Regulations for the medical services of the Army of India
Year: 1930
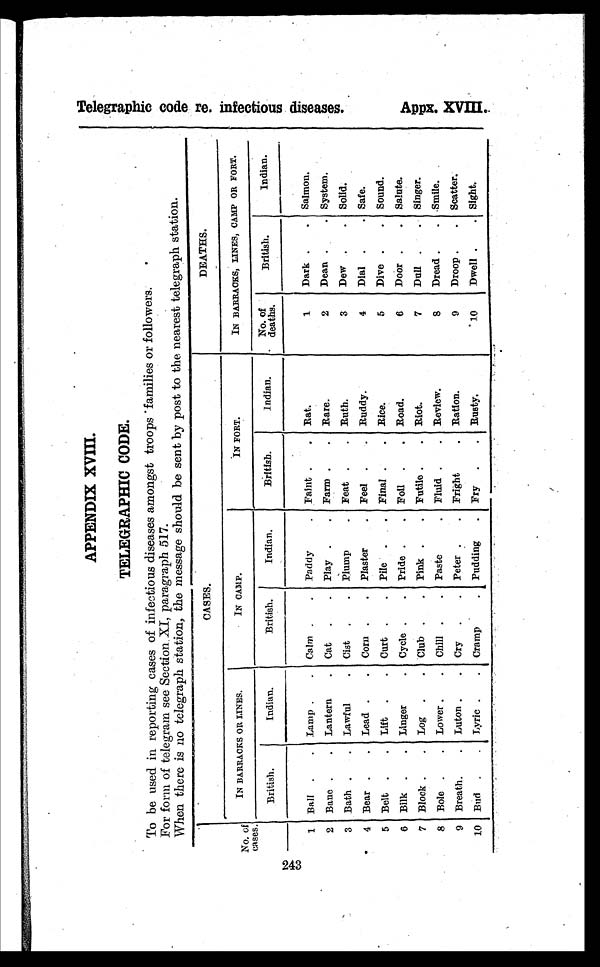
243
T e l e g r a p h i c c o d e r e . i n f e c t i o u s d i s e a s e s .
APPENDIX XVIII.
TELEGRAPHIC CODE.
To be used in reporting cases of infectious diseases amongst troops families or followers.
For form of telegram see Section. XI, paragraph 517.
When there is no telegraph station, the message should be sent by post to the nearest telegraph station.
No. of
cases.
CASES.
DEATHS.
IN BARRACKS OR LINES.
IN CAMP.
IN FORT.
IN BARRACKS, LINES, CAMP OR FORT.
British.
Indian.
—
British.
Indian.
British.
Indian
No. of
deaths.
British.
—
Indian.
1 Ball . . Lamp . . Calm . . Paddy
. Faint . . Rat.
1 Dark . . Salmon.
2 Bane . . Lantern . Cat . . Play . . Farm . . Rare.
2 Dean . .
System.
3 Bath . . Lawful
. Cist . . Plump
. Feat . . Ruth.
3 Dew . . Solid.
4 Bear . . Lead . . Corn . . Plaster . Feel . . Ruddy.
4 Dial .
. Safe.
5 Belt . . Lift . . Curt . . Pile . . Final . . Rice.
5 Dive . . Sound.
6 Bilk . . Linger
. Cycle . . Pride . . Foil
. . Road.
6 Door . . Salute.
7 Block . . Log . . Club . . Pink . . Futile . . Riot.
7 Dull . . Singer.
8 Bole . . Lower . . Chill . . Paste
. Fluid . . Review.
8 Dread . . Smile.
9 Breath. . Luton . . Cry . . Peter . . Fright
. Ration.
9 Droop . . Scatter.
10 Bud
. .
. Lyric .
. Cramp
. Pudding . Fry . . Rusty.
10 Dwell . . Sight.
A p p x . X V I I I